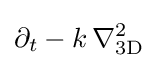
\partial _{t}-k\,\nabla _{\text{3D}}^{2}